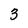
Character: 3